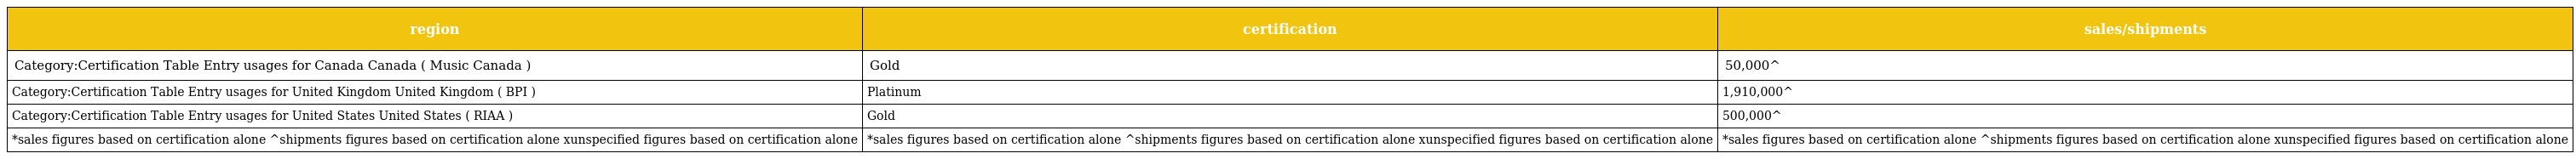
| region | certification | sales/shipments |
 | --- | --- | --- |
 | Category:Certification Table Entry usages for Canada Canada ( Music Canada ) | Gold | 50,000^ |
 | Category:Certification Table Entry usages for United Kingdom United Kingdom ( BPI ) | Platinum | 1,910,000^ |
 | Category:Certification Table Entry usages for United States United States ( RIAA ) | Gold | 500,000^ |
 | *sales figures based on certification alone ^shipments figures based on certification alone xunspecified figures based on certification alone | *sales figures based on certification alone ^shipments figures based on certification alone xunspecified figures based on certification alone | *sales figures based on certification alone ^shipments figures based on certification alone xunspecified figures based on certification alone |